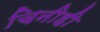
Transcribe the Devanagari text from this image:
चिनीही